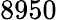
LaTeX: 8950